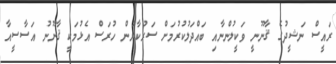
ރައީސް ނަޝީދުގެ ޤާނޫނީ ވަކީލުންނާއި ބައްދަލުކުރުމަށް ސަރުކާރުން ހުރަސް އެޅުމަކީ ޤާނޫނު އަސާސީއާ